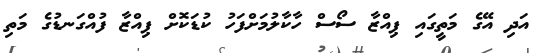
އަދި އޭގެ މަތީގައި ޕިއްޒާ ސޯސް ހާކާލުމަށްފަހު ކުޑަކޮށް ޕިއްޒާ ފުއްގަނޑުގެ މަތި